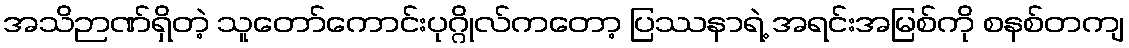
အသိဉာဏ်ရှိတဲ့ သူတော်ကောင်းပုဂ္ဂိုလ်ကတော့ ပြဿနာရဲ့ အရင်းအမြစ်ကို စနစ်တကျ